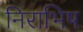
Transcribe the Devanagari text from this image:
निराभिष